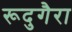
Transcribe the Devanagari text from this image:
रूदुगैरा